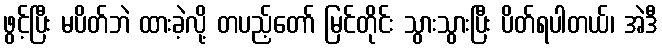
ဖွင့်ပြီး မပိတ်ဘဲ ထားခဲ့လို့ တပည့်တော် မြင်တိုင်း သွားသွားပြီး ပိတ်ရပါတယ်၊ အဲဒီ